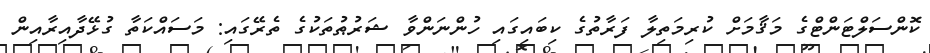
ކޮންސަލްޓަންޓްގެ މަޤާމަށް ކުރިމަތިލާ ފަރާތުގެ ކިބައިގައި ހުންނަންވާ ޝަރުޠުތަކުގެ ތެރޭގައި: މަސައްކަތާ ގުޅޭދާއިރާއިން